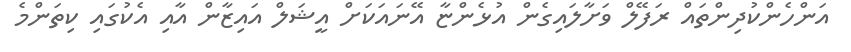
އަންހެންކުދިންތައް ރަފޭލް ވަށާލައިގެން އުޅެންޏާ އޭނައަކަށް އީޝަލް އައިޒާން އާއި އެކުގައި ކިތަންމެ